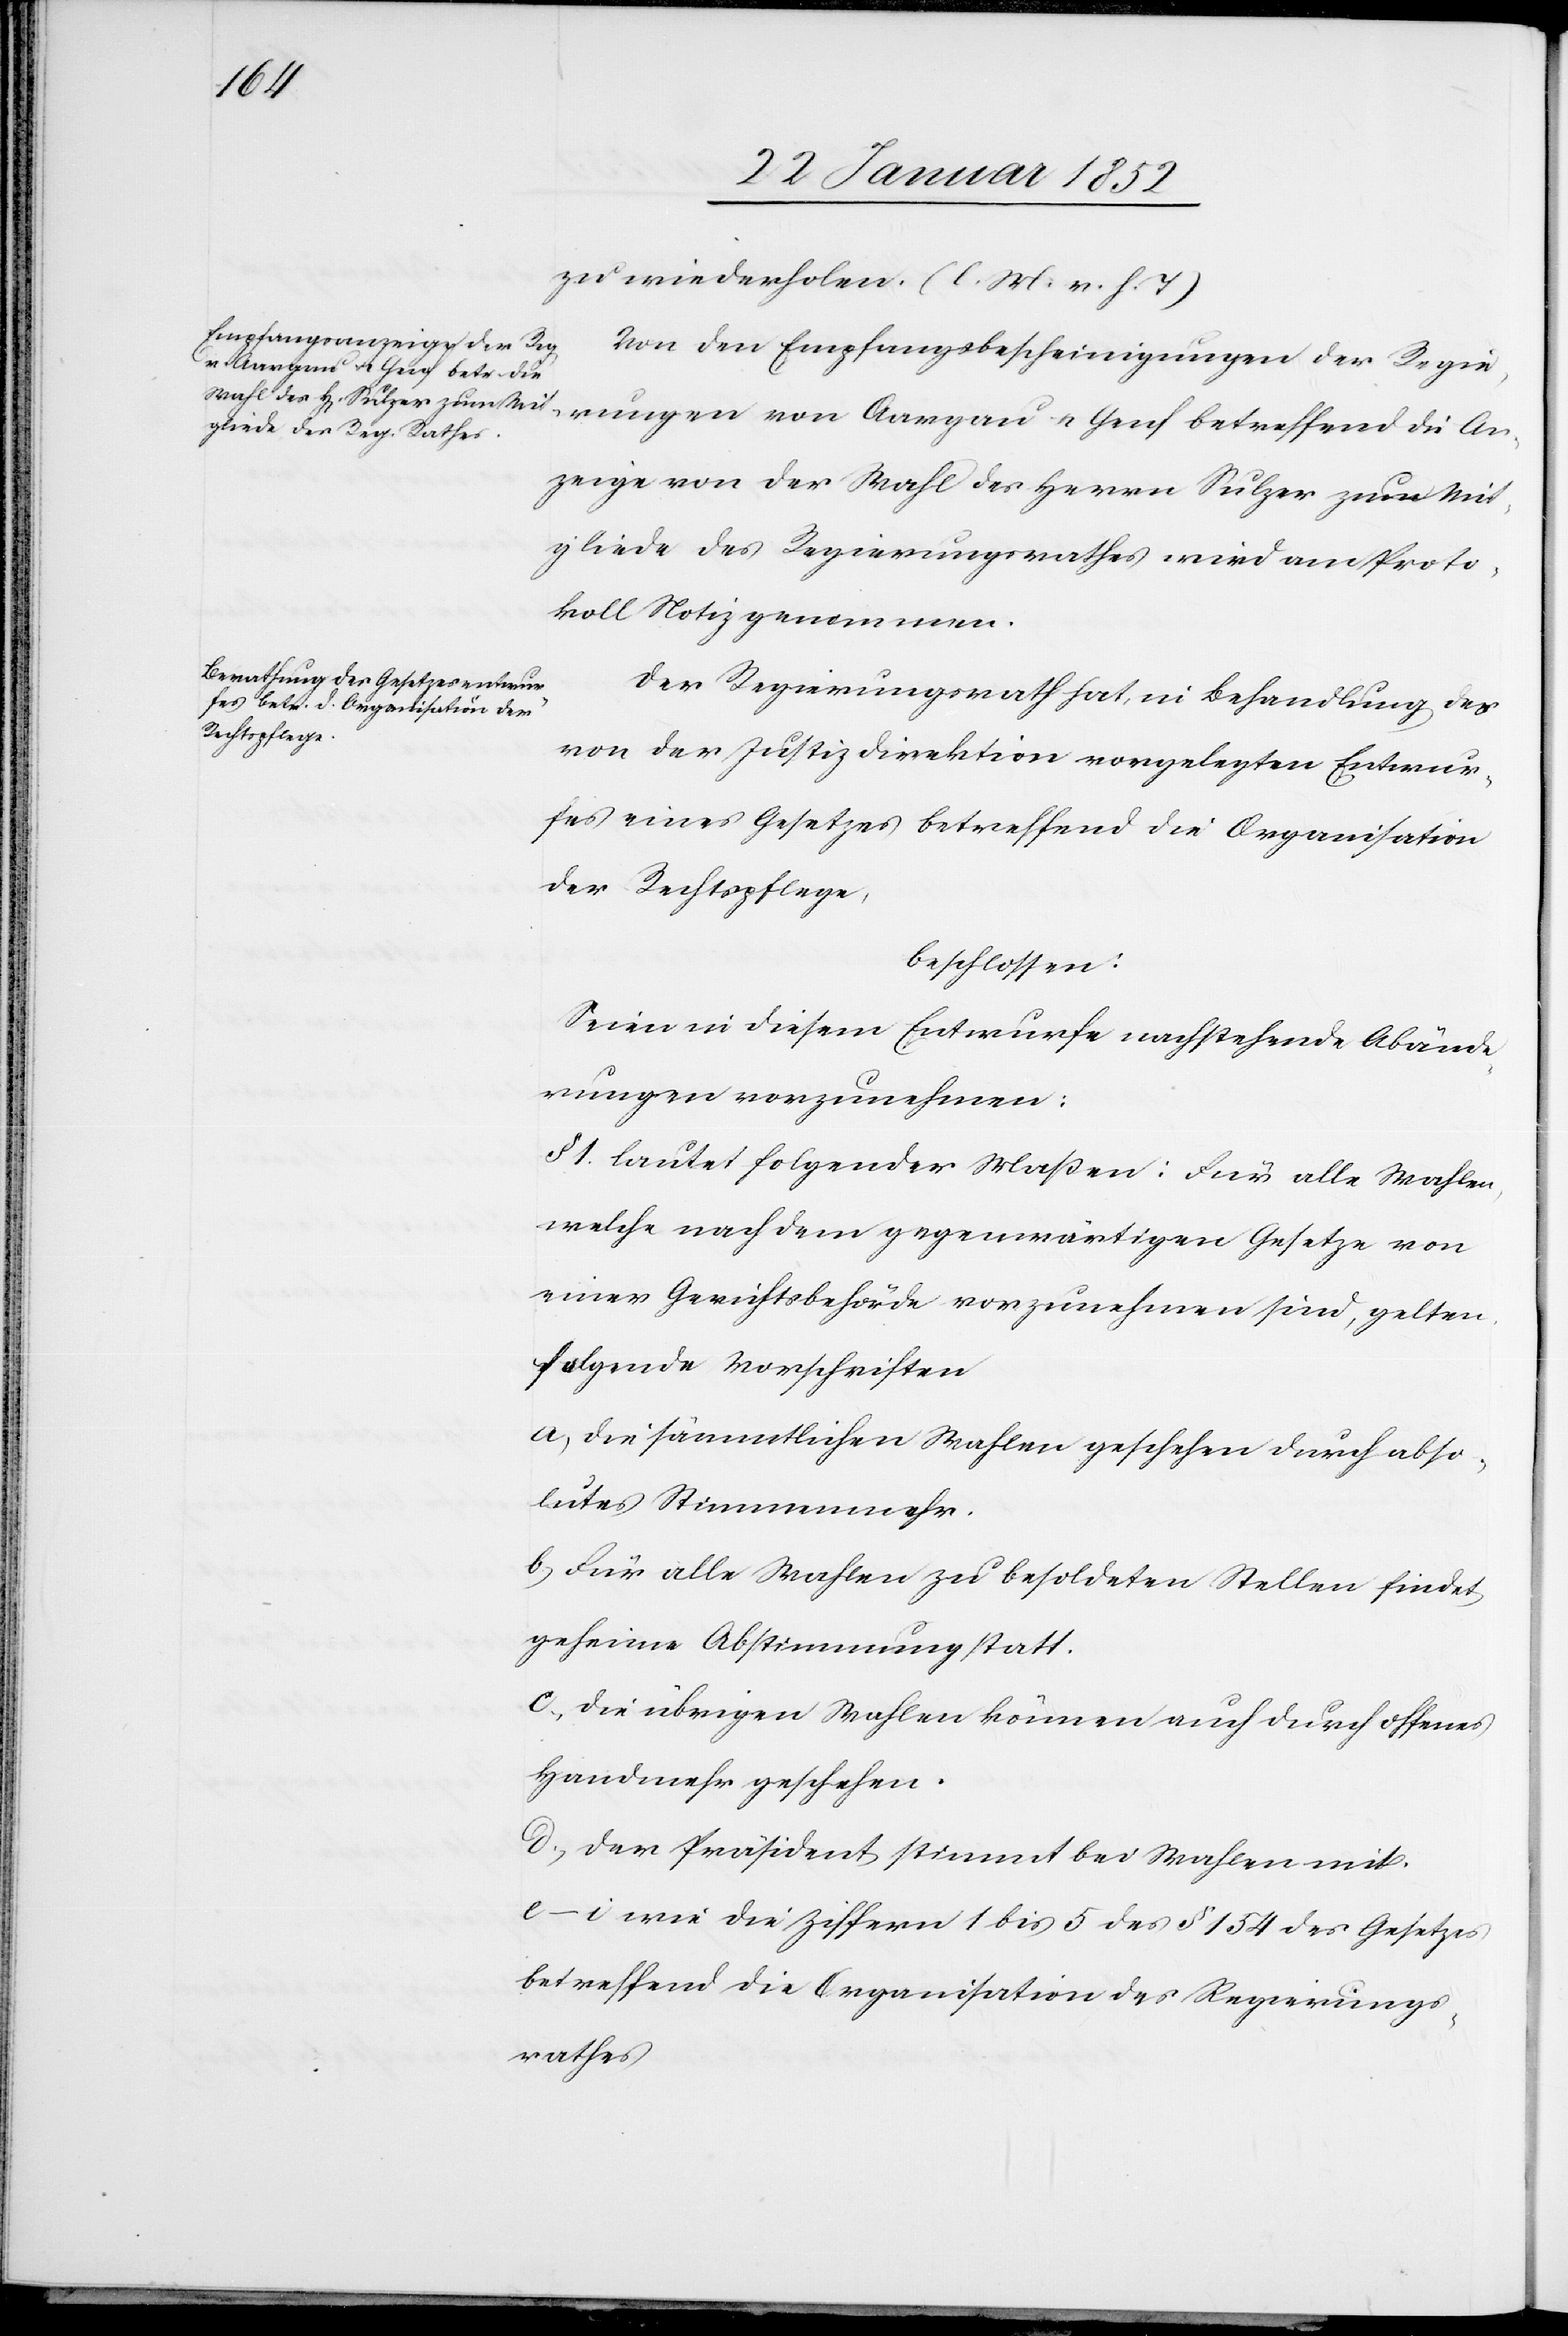
zu wiederholen. (l. M. v. h. T)
Von den Empfangsbescheinigungen der Regie¬
Anzeige von der Wahl des Herrn Sulzer zum Mit¬
gliede des Regierungsrathes wird am Proto¬
koll Notiz genommen.
Der Regierungsrath hat, in Behandlung des
von der Justizdirektion vorgelegten Entwur¬
fes eines Gesetzes betreffend die Organisation
der Rechtspflege,
beschlossen:
Seine in diesem Entwurfe nachstehende[n] Abände¬
rungen vorzunehmen.
§ 1. laute folgender Maßen: Für alle Wahlen,
welche nach dem gegenwärtigen Gesetze von
einer Gerichtsbehörde vorzunehmen sind, gelten
folgende Vorschriften
a) Die sämmtlichen Wahlen geschehen durch abso¬
lutes Stimmenmehr.
b) Für alle Wahlen zu besoldeten Stellen findet
geheime Abstimmung statt.
c.) Die übrigen Wahlen können auch durch offenes
Handmehr geschehen.
d.) Der Präsident stimmt bei Wahlen mit.
e–i wie die Ziffern 1 bis 5 des § 154 des Gesetzes
betreffend die Organisation des Regierungs¬
rathes.